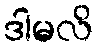
ဒါမလိ